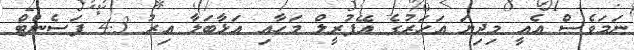
ނަމަވެސް އެއީ މިދިޔަ އަހަރުގެ އޭޕުރީލް މަހާއި އަޅާބަލާ އިރު 4.3 ޕަސެންޓް